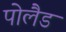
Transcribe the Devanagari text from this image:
पोलैड